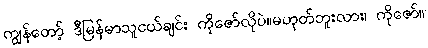
ကျွန်တော့် ဒီမြန်မာသူငယ်ချင်း ကိုဇော်လိုပဲ။မဟုတ်ဘူးလား၊ ကိုဇော်။